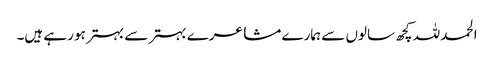
الحمد للہ کچھ سالوں سے ہمارے مشاعرے بہتر سے بہتر ہو رہے ہیں۔